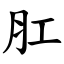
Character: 肛